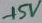
Text: +5V